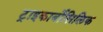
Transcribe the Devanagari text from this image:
ट्राइकार्बोसिलिक